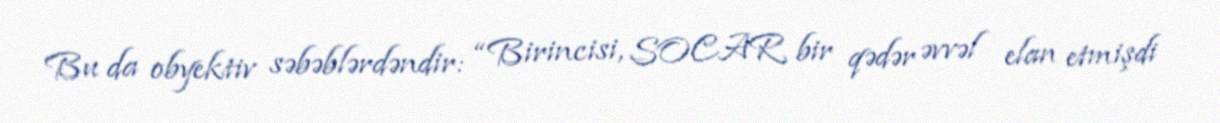
Bu da obyektiv səbəblərdəndir: “Birincisi, SOCAR bir qədər əvvəl elan etmişdi